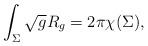
LaTeX: \begin{align*}\int_\Sigma \sqrt g R_g=2\pi\chi(\Sigma),\end{align*}